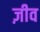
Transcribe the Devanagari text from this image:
ज़ीव